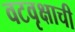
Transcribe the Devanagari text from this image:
वटवृक्षाची